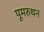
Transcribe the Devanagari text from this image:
पूमरुथन